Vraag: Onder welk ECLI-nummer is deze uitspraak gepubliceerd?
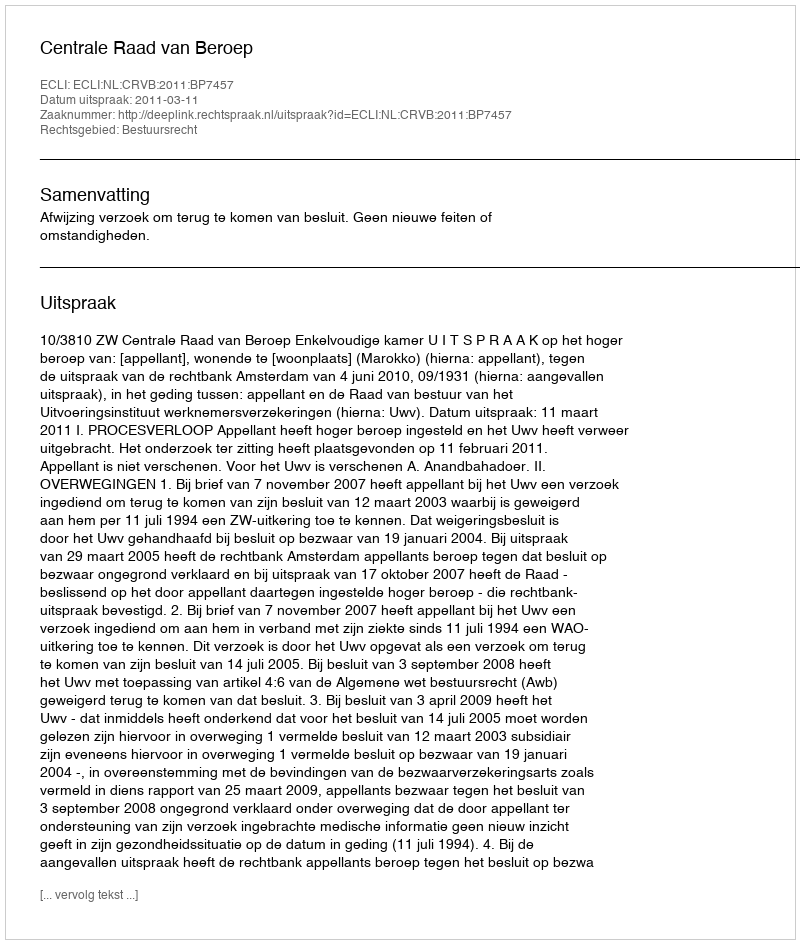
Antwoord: ECLI:NL:CRVB:2011:BP7457